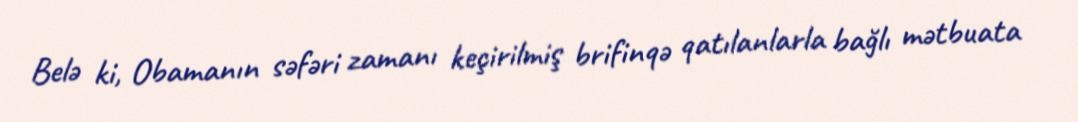
Belə ki, Obamanın səfəri zamanı keçirilmiş brifinqə qatılanlarla bağlı mətbuata